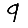
Digit: 9